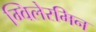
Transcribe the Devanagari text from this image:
ग्विलेरमिन